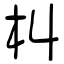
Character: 朻